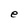
Character: e